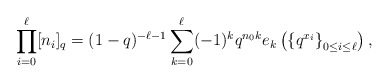
\begin{align*} \prod_{i=0}^{\ell} [n_i]_q = (1-q)^{-\ell-1} \sum_{k=0}^{\ell} (-1)^k q^{n_0k} e_k\left( \left\lbrace q^{x_i}\right\rbrace_{0\leq i\leq \ell}\right), \end{align*}